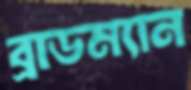
ব্রাডম্যান